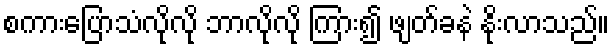
စကားပြောသံလိုလို ဘာလိုလို ကြား၍ ဖျတ်ခနဲ နိုးလာသည်။